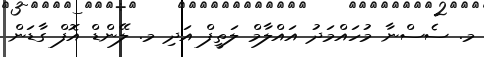
މ. ސެސްނާ މުހައްމަދު އައްލާމް ލަތީފް އަދި މ. ލޭންޑް އޮފް ގާޑަން